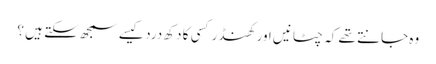
وہ جانتے تھے کہ چٹانیں اور کھنڈر کسی کا دکھ درد کیسے سمجھ سکتے ہیں ؟